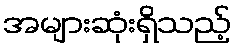
အများဆုံးရှိသည့်